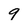
Character: 9